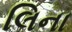
લિના